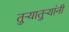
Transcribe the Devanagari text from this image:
तुऱ्यातुऱ्यांनी